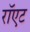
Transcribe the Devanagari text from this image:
रॉएट